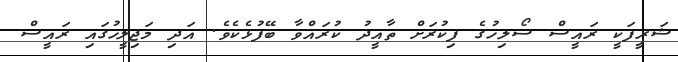
ޝަރީފަކީ ރައީސް ސޯލިހުގެ ފިކުރަށް ތާއީދު ކުރައްވާ ބޭފުޅެކެވެ. އަދި މަޖިލީހުގައި ރައީސް